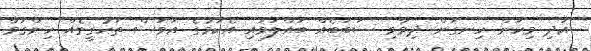
އަދި މިކަން ހިނގަން ދިމާވި ސަބަބެއް ބައްލަވައި އެކަމުގެ އަވަސް ތަހުގީގެއް ހިންގަވާ